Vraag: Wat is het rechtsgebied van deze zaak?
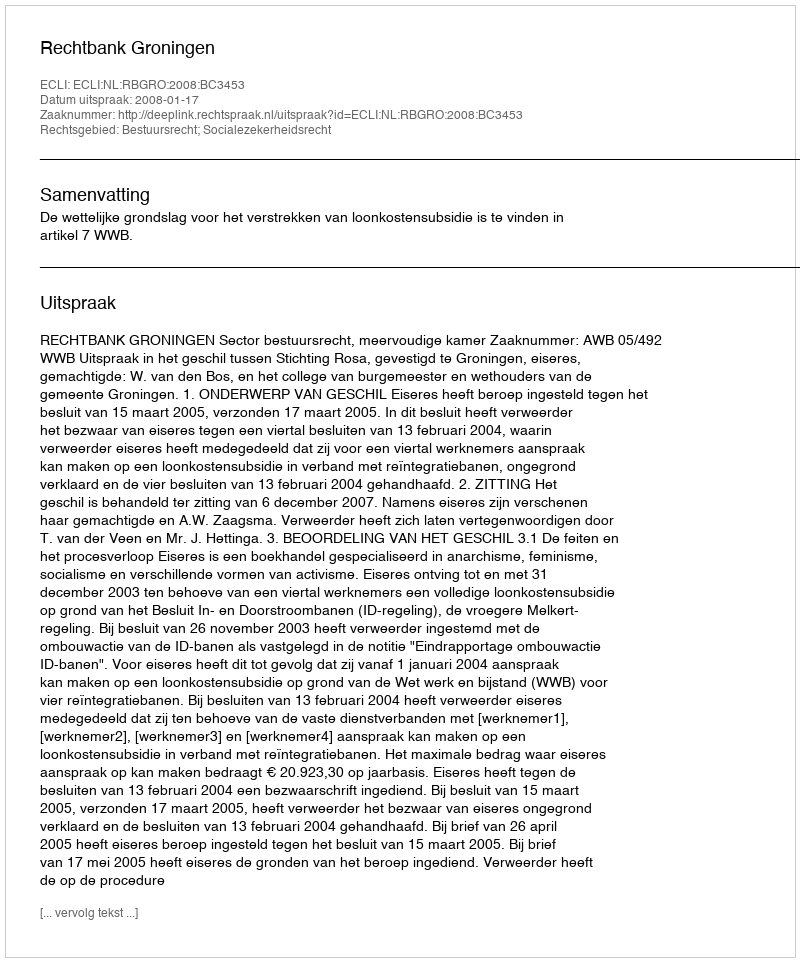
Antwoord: Bestuursrecht; Socialezekerheidsrecht